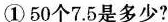
①50个7.5是多少?